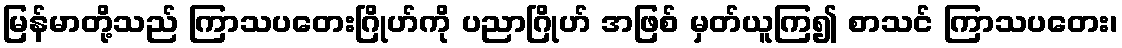
မြန်မာတို့သည် ကြာသပတေးဂြိုဟ်ကို ပညာဂြိုဟ် အဖြစ် မှတ်ယူကြ၍ စာသင် ကြာသပတေး၊